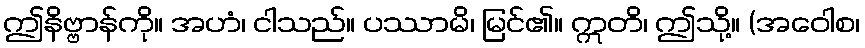
ဤနိဗ္ဗာန်ကို။ အဟံ၊ ငါသည်။ ပဿာမိ၊ မြင်၏။ ဣတိ၊ ဤသို့။ (အဝေါစ၊